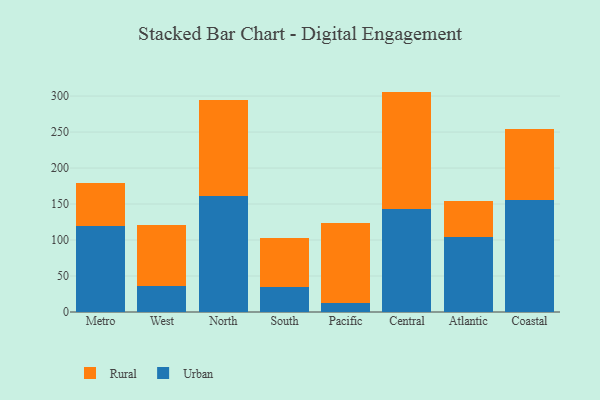
{"axis": {"x": "Region", "y": "Humidity (%)"}, "legend": ["Rural", "Urban"], "data": [{"x": "Metro", "y": 119.8, "type": "Urban"}, {"x": "Metro", "y": 58.8, "type": "Rural"}, {"x": "West", "y": 35.9, "type": "Urban"}, {"x": "West", "y": 84.7, "type": "Rural"}, {"x": "North", "y": 161.0, "type": "Urban"}, {"x": "North", "y": 134.1, "type": "Rural"}, {"x": "South", "y": 34.5, "type": "Urban"}, {"x": "South", "y": 68.5, "type": "Rural"}, {"x": "Pacific", "y": 13.0, "type": "Urban"}, {"x": "Pacific", "y": 110.6, "type": "Rural"}, {"x": "Central", "y": 143.6, "type": "Urban"}, {"x": "Central", "y": 162.6, "type": "Rural"}, {"x": "Atlantic", "y": 104.6, "type": "Urban"}, {"x": "Atlantic", "y": 49.5, "type": "Rural"}, {"x": "Coastal", "y": 156.1, "type": "Urban"}, {"x": "Coastal", "y": 98.4, "type": "Rural"}]}